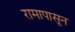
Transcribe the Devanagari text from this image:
रामापासून